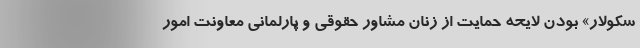
سکولار» بودن لایحه حمایت از زنان مشاور حقوقی و پارلمانی معاونت امور